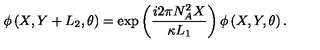
\phi \left( X , Y + L _ { 2 } , \theta \right) = \exp \left( \frac { i 2 \pi N _ { A } ^ { 2 } X } { \kappa L _ { 1 } } \right) \phi \left( X , Y , \theta \right) .